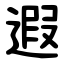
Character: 遐